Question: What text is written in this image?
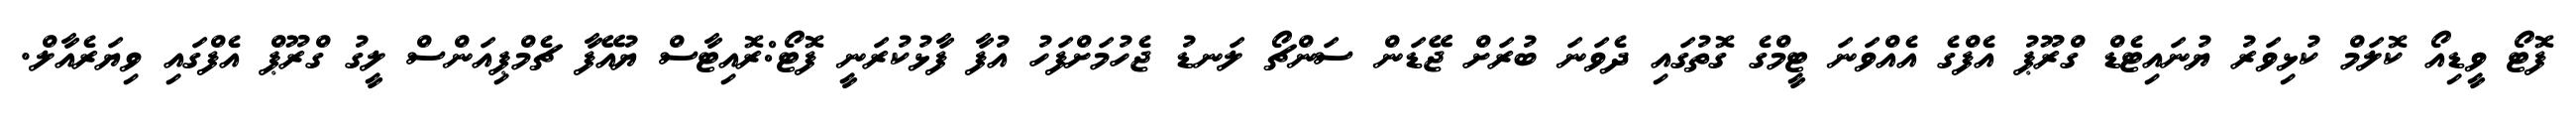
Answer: ފޮޓޯ ވީޑިއޯ ކޮލަމް ކުޅިވަރު ޔުނައިޓެޑް ގްރޫޕު އެފްގެ އެއްވަނަ ޓީމްގެ ގޮތުގައި ދެވަނަ ބުރަށް ޖޭޑަން ސަންޗޯ ލަނޑު ޖެހުމަށްފަހު އުފާ ފާޅުކުރަނީ ފޮޓޯ:ރޮއިޓާސް ޔުއޭފާ ޗެމްޕިއަންސް ލީގު ގްރޫޕް އެފްގައި ވިޔަރެއާލް.